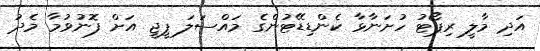
އަދި މާލީ ރިޕޯޓު ހުށަނާޅާ ކެންޑިޑޭޓުންގެ މައްސަލަ ޕީޖީ އަށް ފޮނުވުމާ މެދު